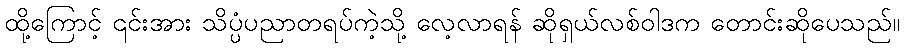
ထို့ကြောင့် ၎င်းအား သိပ္ပံပညာတရပ်ကဲ့သို့ လေ့လာရန် ဆိုရှယ်လစ်ဝါဒက တောင်းဆိုပေသည်။